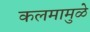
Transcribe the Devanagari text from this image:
कलमामुळे